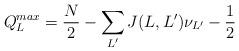
LaTeX: \begin{align*}Q_{L}^{max}=\frac{N}{2}-\sum_{L'}J(L,L')\nu_{L'}-\frac{1}{2}\end{align*}